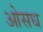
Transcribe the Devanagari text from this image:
ओसध